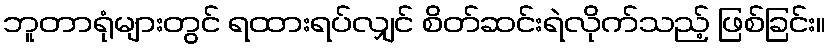
ဘူတာရုံများတွင် ရထားရပ်လျှင် စိတ်ဆင်းရဲလိုက်သည့် ဖြစ်ခြင်း။